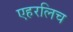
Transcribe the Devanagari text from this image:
एहरलिच